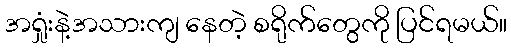
အရှုံးနဲ့အသားကျ နေတဲ့ စရိုက်တွေကို ပြင်ရမယ်။